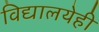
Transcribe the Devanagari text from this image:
विद्यालयेही